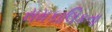
સમકાલિકતા